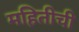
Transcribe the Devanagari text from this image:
महितीची